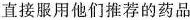
直接服用他们推荐的药品